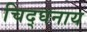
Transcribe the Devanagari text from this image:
चिद्घनाय